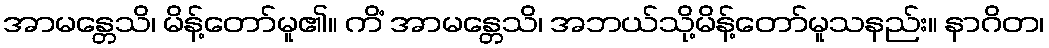
အာမန္တေသိ၊ မိန့်တော်မူ၏။ ကိံ အာမန္တေသိ၊ အဘယ်သို့မိန့်တော်မူသနည်း။ နာဂိတ၊